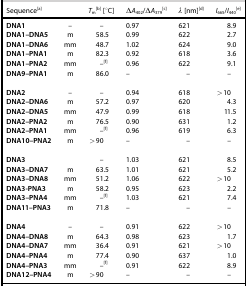
| Sequence[a] |  | Tm[b] [°C] | ΔA402/ΔA379[c] | λ [nm][d] | I665/I440[e] |
 | --- | --- | --- | --- | --- | --- |
 | DNA1 | – | – | 0.97 | 621 | 8.9 |
 | DNA1–DNA5 | m | 58.5 | 0.99 | 622 | 2.7 |
 | DNA1–DNA6 | mm | 48.7 | 1.02 | 624 | 9.0 |
 | DNA1–PNA1 | m | 82.3 | 0.92 | 618 | 3.6 |
 | DNA1–PNA2 | mm | –[f] | 0.96 | 622 | 9.1 |
 | DNA9–PNA1 | m | 86.0 | – | – | – |
 | DNA2 | – | – | 0.94 | 618 | >10 |
 | DNA2–DNA6 | m | 57.2 | 0.97 | 620 | 4.3 |
 | DNA2–DNA5 | mm | 47.9 | 0.99 | 618 | 11.5 |
 | DNA2–PNA2 | m | 76.5 | 0.90 | 631 | 1.2 |
 | DNA2–PNA1 | mm | –[f] | 0.96 | 619 | 6.3 |
 | DNA10–PNA2 | m | >90 | – | – | – |
 | DNA3 |  | – | 1.03 | 621 | 8.5 |
 | DNA3–DNA7 | m | 63.5 | 1.01 | 621 | 5.2 |
 | DNA3–DNA8 | mm | 51.2 | 1.06 | 622 | >10 |
 | DNA3-PNA3 | m | 58.2 | 0.95 | 623 | 2.2 |
 | DNA3–PNA4 | mm | –[f] | 1.03 | 621 | 7.4 |
 | DNA11–PNA3 | m | 71.8 | – | – | – |
 | DNA4 | – | – | 0.91 | 622 | >10 |
 | DNA4–DNA8 | m | 64.3 | 0.98 | 623 | 1.7 |
 | DNA4–DNA7 | mm | 36.4 | 0.91 | 621 | >10 |
 | DNA4–PNA4 | m | 77.4 | 0.90 | 637 | 1.0 |
 | DNA4–PNA3 | mm | –[f] | 0.91 | 622 | 8.9 |
 | DNA12–PNA4 | m | >90 | – | – | – |